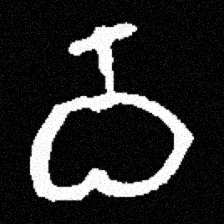
Pyu character \u2014 Myanmar letter: ဝ (romanized: wa)